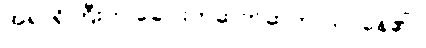
အရာရှိကြီးက ခေါင်းတဆတ်ဆတ် လုပ်နေ၏။